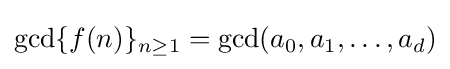
\gcd\{f(n)\}_{n\geq 1}=\gcd(a_{0},a_{1},\dots ,a_{d})